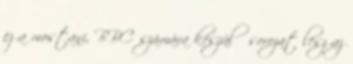
ez a mostani, BBC számára készülő sorozat lesz az